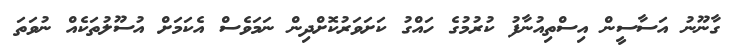
ގާނޫނު އަސާސީން އިސްތިއުނާފު ކުރުމުގެ ހައްގު ކަށަވަރުކޮށްދިން ނަމަވެސް އެކަމަށް އުސޫލުތަކެއް ނުވަތަ